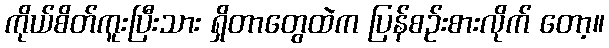
ကိုယ်စိတ်ကူးပြီးသား ရှိတာတွေထဲက ပြန်စဉ်းစားလိုက် တော့။